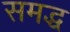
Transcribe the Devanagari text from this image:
समद्ध